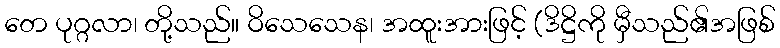
တေ ပုဂ္ဂလာ၊ တို့သည်။ ဝိသေသေန၊ အထူးအားဖြင့် (ဒိဋ္ဌိကို မှီသည်၏အဖြစ်